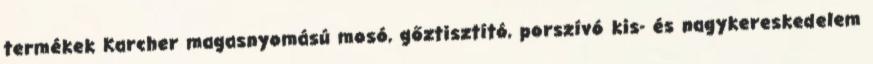
termékek Karcher magasnyomású mosó, gőztisztító, porszívó kis- és nagykereskedelem